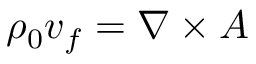
\rho _ { 0 } \boldsymbol { v } _ { f } = \nabla \times \boldsymbol { A }